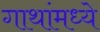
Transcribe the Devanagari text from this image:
गाथांमध्ये